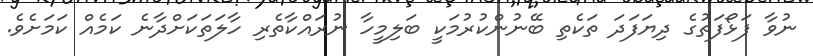
ނުވާ ފަޅޯފަތުގެ ދިޔަފަދަ ތަކެތި ބޭނުންކުރުމަކީ ބަލިމީހާ ނުރައްކާތެރި ހާލަތަކަށްދާނެ ކަމެއް ކަމަށެވެ.